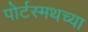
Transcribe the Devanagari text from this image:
पोर्टस्मथच्या